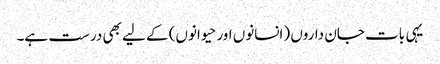
یہی بات جان داروں (انسانوں اور حیوانوں) کے لیے بھی درست ہے۔